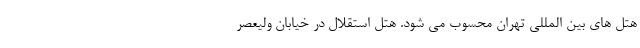
هتل های بین المللی تهران محسوب می شود. هتل استقلال در خیابان ولیعصر